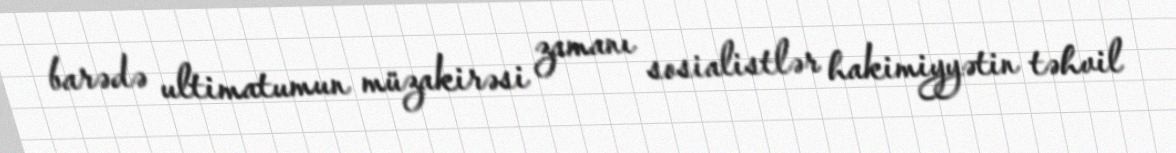
barədə ultimatumun müzakirəsi zamanı sosialistlər hakimiyyətin təhvil